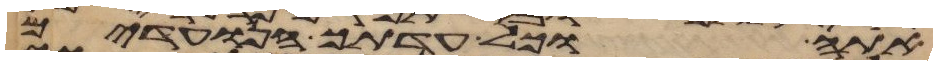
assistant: אתה וכל עדתך הנועדים